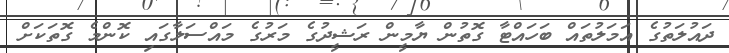
ދައުލަތުގެ އަމަލުތައް ބަހައްޓާ ގޮތުން ޔާމީން ރަޝީދުގެ މަރުގެ މައްސަލާގައި ކޮންމެ ގޮތަކަށް